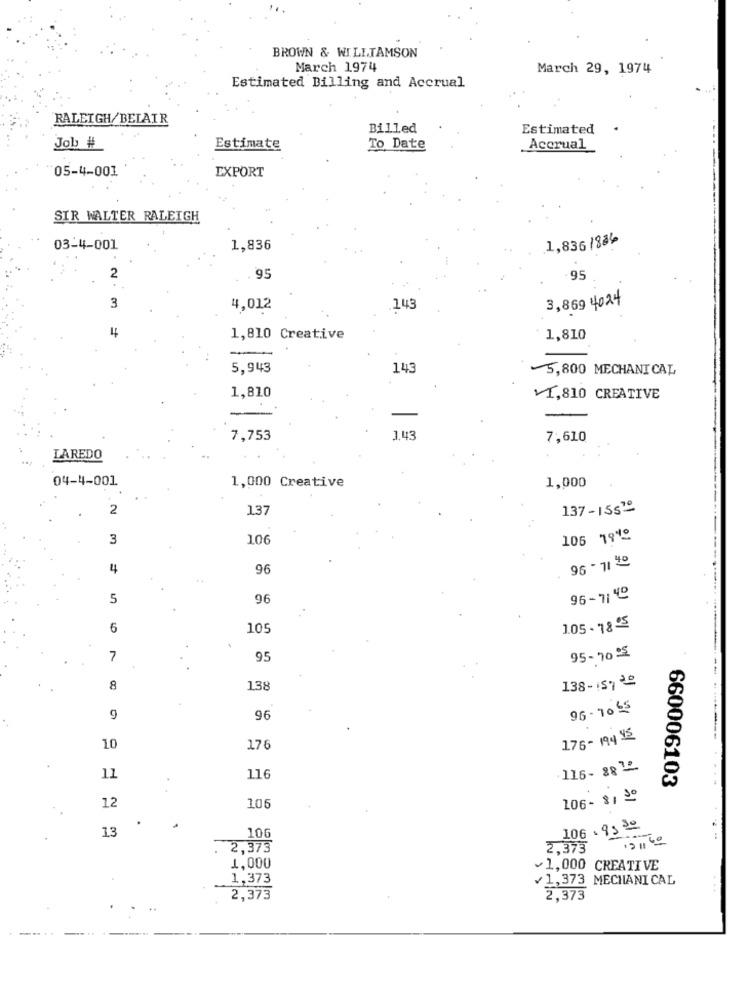
BROWN & WILLIAMSON
March 1974
March 29, 1974
Estimated Billing and Accrual
RALEIGH/BELAIR
Billed
Estimated
Job #
Estimate
To Date
Accrual
EXPORT
05-4-001
SIR WALTER RALEIGH
1,836 /834
03-4-001
1,836
2
.95
95
3
4,012
143
3,869 4024
1,810 Creative
1,810
5,943
143
5,800 MECHANICAL
1,810
¥1,810 CREATIVE
-
7,753
1,43
7,610
LAREDO
04-4-001
1,000
1,000 Creative
2
137
137-15570
3
106
106 19%
96 -114
4
96
5
96
96-71 40
6
105
1.05.785
7
95
95-70 'S
8
138
138- 151 20
96-70 65
9
96
176 - 194 45
10
176
116- 88º
11
116
660006103
106- 81 50
12
106
13
106
106.950
12 11 60
2,373
2,373
1, 000
1,000 CREATIVE
1,373
¥1,373 MECHANICAL
2,373
2,373